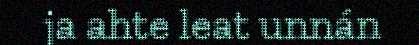
ja ahte leat unnán